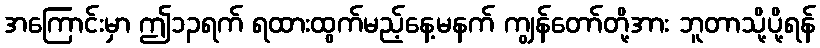
အကြောင်းမှာ ဤ၁၃ရက် ရထားထွက်မည့်နေ့မနက် ကျွန်တော်တို့အား ဘူတာသို့ပို့ရန်